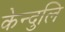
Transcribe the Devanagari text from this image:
केन्दुलि